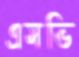
এসভি